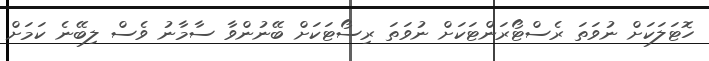
ހޮޓަލަކަށް ނުވަތަ ރެސްޓޯރަންޓަކަށް ނުވަތަ ރިސޯޓަކަށް ބޭނުންވާ ސާމާނު ވެސް ލިބޭނެ ކަމަށް